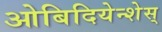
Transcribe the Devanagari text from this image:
ओबिदियेन्शेस्